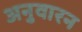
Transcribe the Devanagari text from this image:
अनुवारन